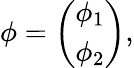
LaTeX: \phi=\left(\begin{array}{c}{{\phi_{1}}}\\ {{\phi_{2}}}\end{array}\right),